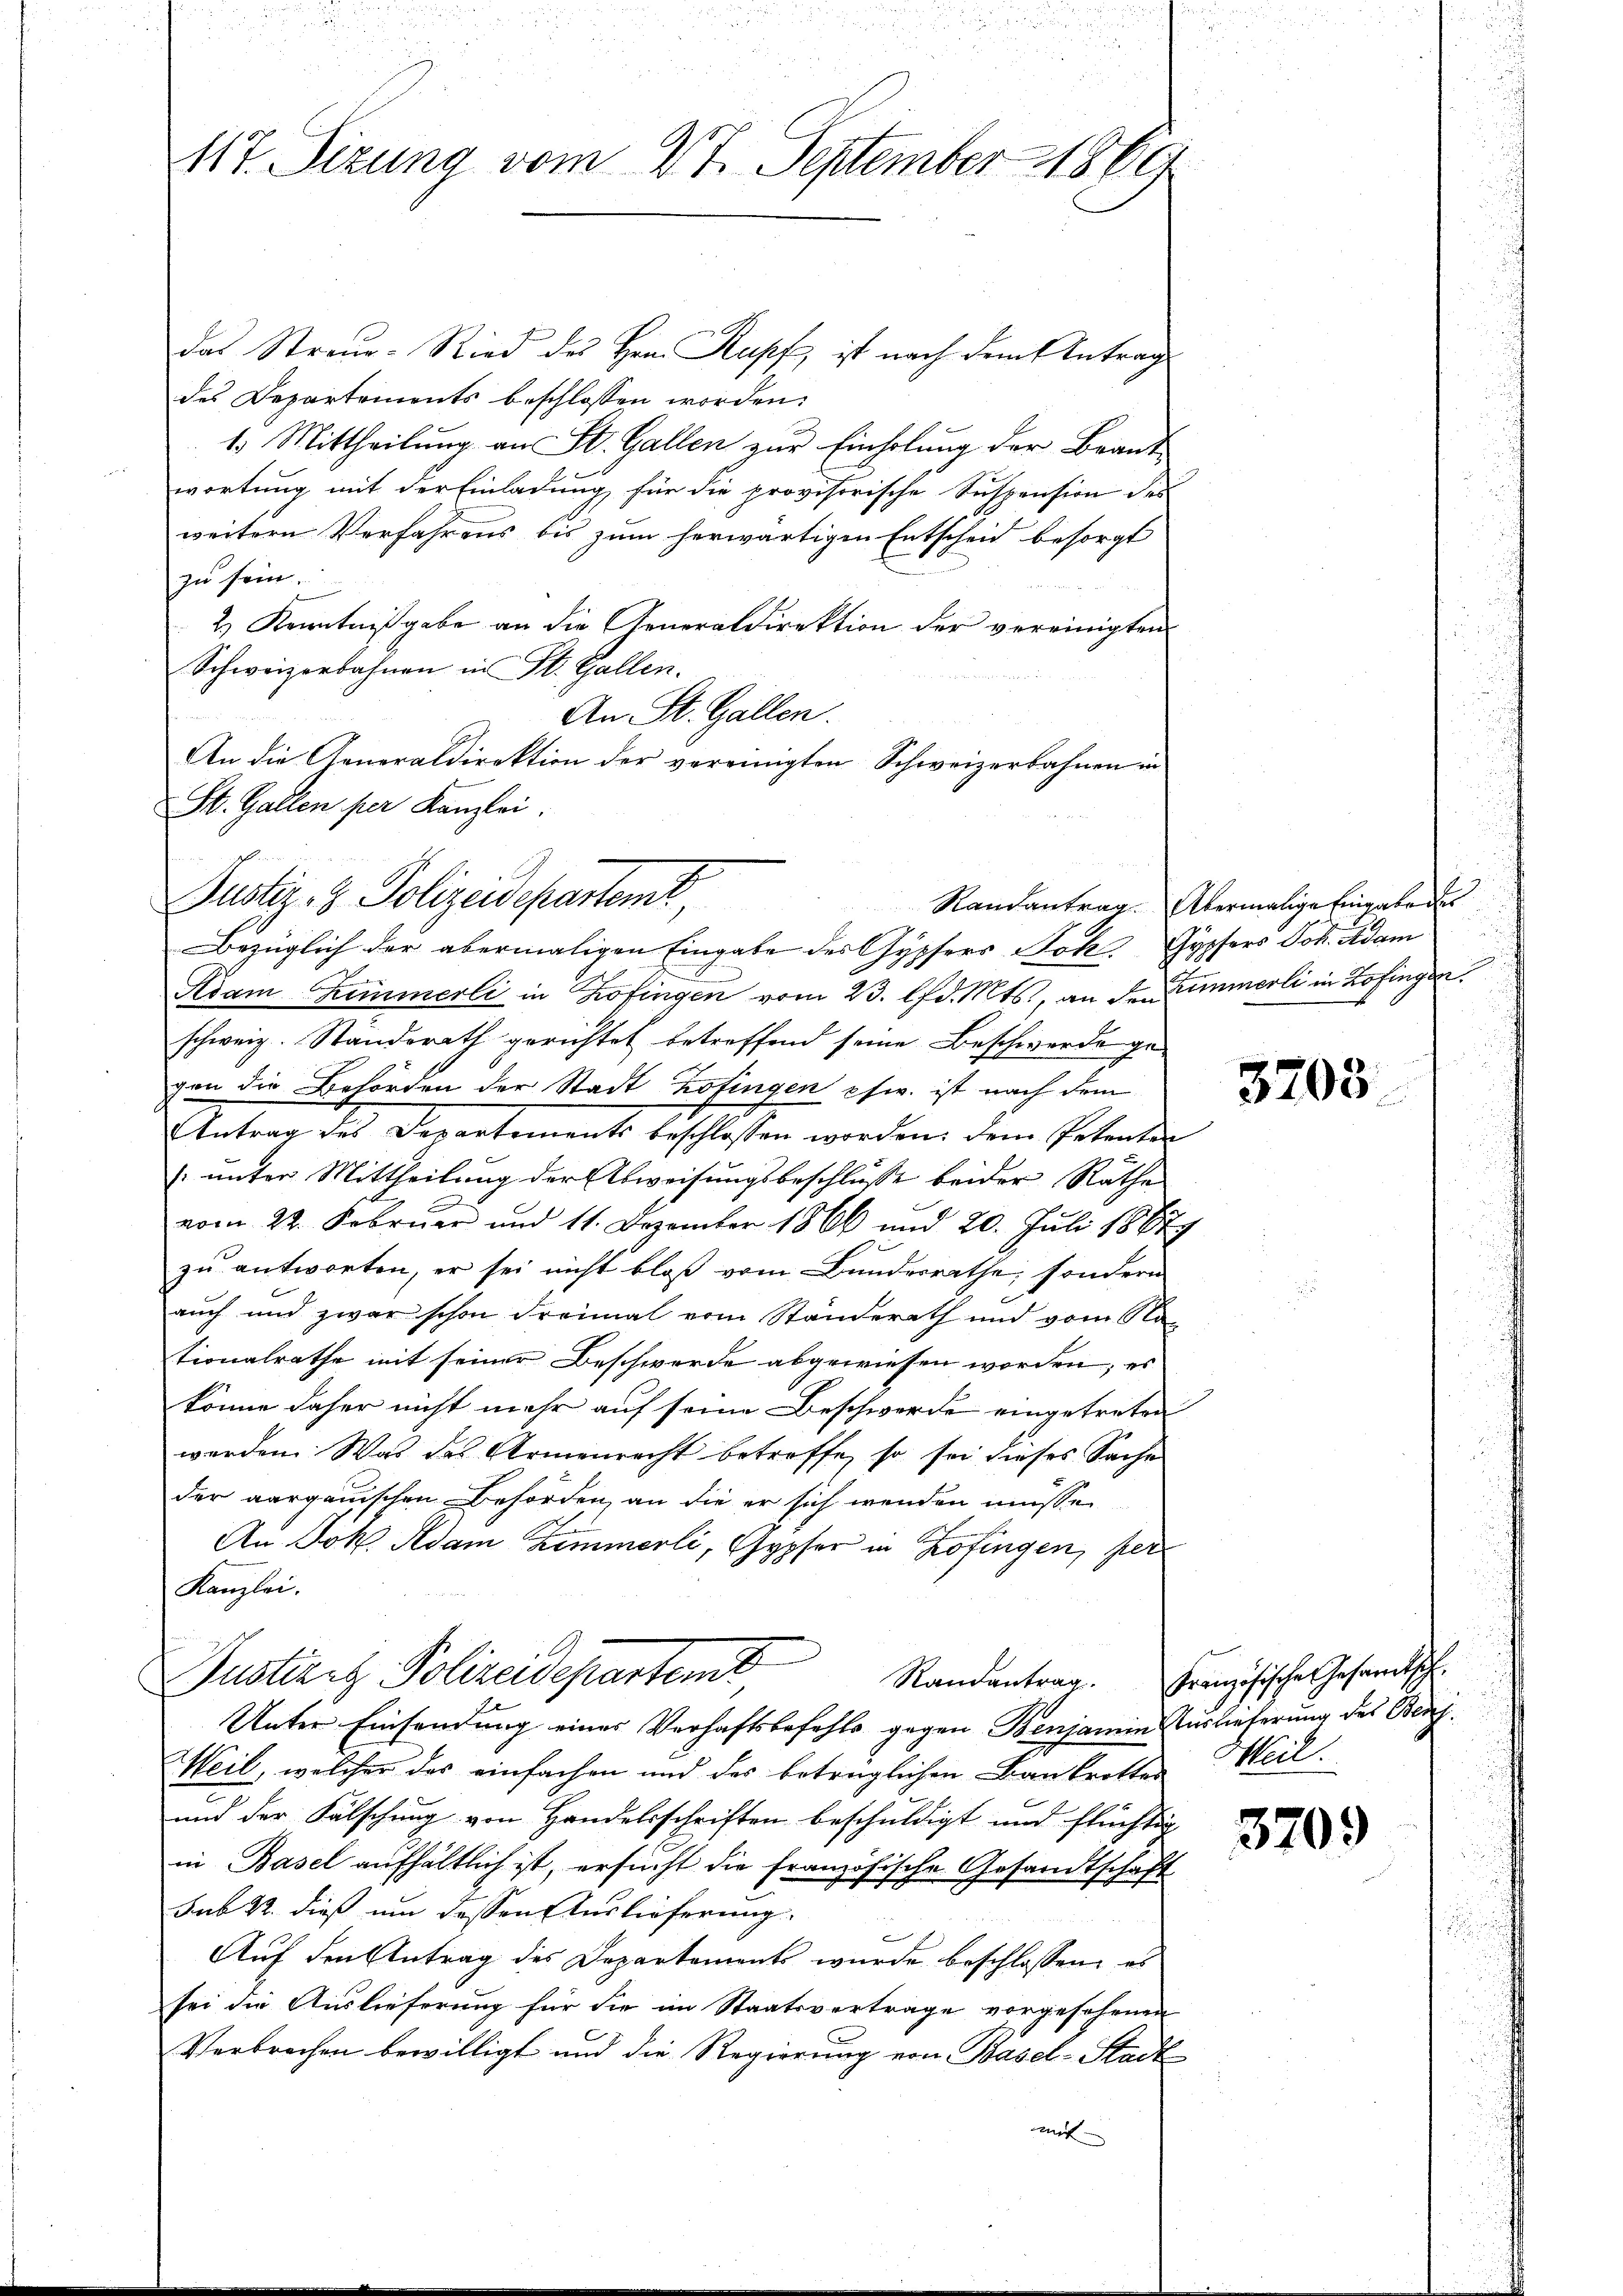
117. Sizung vom 27. September 1869

das Streue- Ried des Hrn. Kopf ist nach dem Antrag
des Departements beschlossen worden.
1.) Mittheilung an St. Gallen zur Einholung der Beant-
wortung mit der Einladung für die provisorische Suspension des
weitern Verfahrens bis zum herwärtigen Entscheid besorgt
zu sein.
2.) Kenntniβgabe an die Generaldirektion der vereinigten
Schweizerbahnen in St. Gallen.
An St. Gallen.
Kdam Zimmerli in Zofingen vom 23. lfd. Mts., an den Zimmerli in Zofingen.
schweiz. Standerath gerichtet betreffend seine Beschwerde gegen die Behörden der Stadt Zofingen pfw. ist nach dem
Antrag des Departements beschlossen worden, dem Petende
(unter Mittheilung der Abweisungsbeschlusse beider Räthe
vom 22. Februar und 11. Dezember 1866 und 20. Juli 1867
zu antworten, er sei nicht bloß vom Bundesrathe, sondern
auch und zwar schon dreimal vom Standerath und vom Na-
tionalrathe mit seiner Beschwerde abgewiesen worden; es
könne daher nicht mehr auf seine Beschwerde eingetreten
werden. Was das Armenrecht betroffe, so sei dieses Sache
der aargauischen Behörden, an die er sich wenden müsse,
An Jok. Adam Zimmerli, Gypfer in Zofingen, per
Kanzlei.
Justiret Polizeideparteme
Randantrag. Französische Gesandtsch-
Unter Einsendung eines Verhaftsbefehls gegen Benjamin Auslieferung des Beif
Heil, welcher das einfachen und des betrüglichen Bankrotter Weil
und der Fälschung von Handelsschriften beschuldigt und flüchtig
in Basel aufhältlich ist, ersucht die Französische Gesandtschaft
sub 22. dieß um dessen Auslieferung
Auf den Antrag des Departements wurde beschlossen, es
sei die Auslieferung für die im Staatsvertrage vorgesehenen
Verbrechen bewilligt und die Regierung von Basel-Stadt
mit

An die Generaldirektion der vereinigten Schweizerbahnen in
St. Gallen per Kanzlei.
Justiz- & Polizeidepartemt
Bezüglich der abermaligen Eingabe des Gypfers Jok Gypfers Joh. Adam

Randantrag. Abermalige Eingabe des

3708

3709